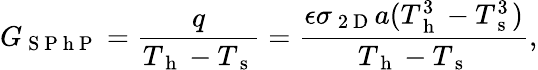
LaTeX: G_{\mathrm{~S~P~h~P~}}=\frac{q}{T_{\mathrm{~h~}}-T_{\mathrm{~s~}}}=\frac{\epsilon\sigma_{\mathrm{~2~D~}}a(T_{\mathrm{~h~}}^{3}-T_{\mathrm{~s~}}^{3})}{T_{\mathrm{~h~}}-T_{\mathrm{~s~}}}{,}